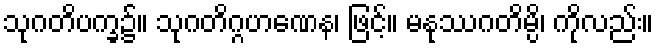
သုဂတိပက္ခ၌။ သုဂတိဂ္ဂဟဏေန၊ ဖြင့်။ မနုဿဂတိမ္ပိ၊ ကိုလည်း။